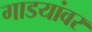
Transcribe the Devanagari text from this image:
गाडयांवर